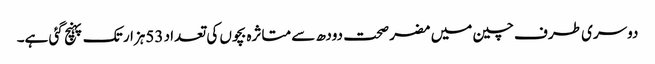
دوسری طرف چین میں مضر صحت دودھ سے متاثرہ بچوں کی تعداد 53ہزار تک پہنچ گئی ہے۔